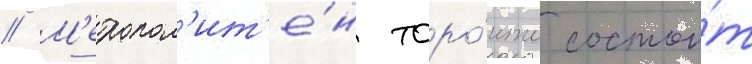
// М'етропол'ит'е́н торо́нто состои́т